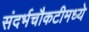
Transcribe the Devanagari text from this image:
संदर्भचौकटीमध्ये